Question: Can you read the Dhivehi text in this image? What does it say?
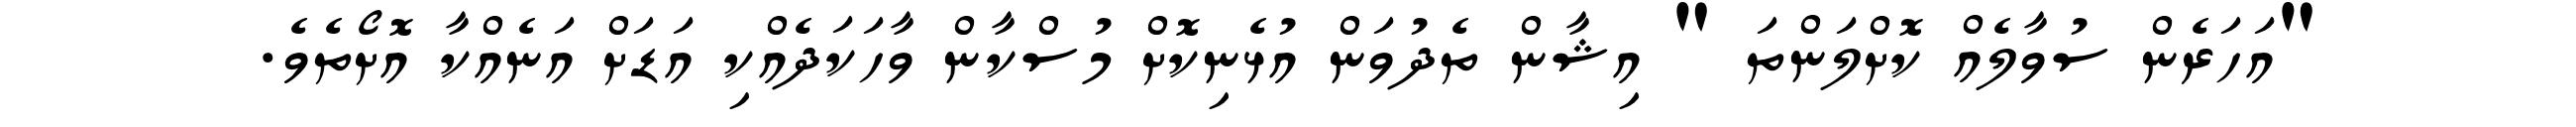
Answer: "އަހަރެން ސުވާލެއް ކޮށްލަންތަ " އިޝާން ތެދުވަން އުޅެނިކޮށް މުސްކާން ވާހަކަދެއްކި އަޑަށް އަނެއްކާ އޮށޯތެވެ.